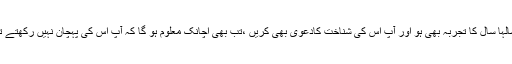
اگر سالہا سال کا تجربہ بھی ہو اور آپ اس کی شناخت کادعویٰ بھی کریں ،تب بھی اچانک معلوم ہو گا کہ آپ اس کی پہچان نہیں رکھتے تھے ۔